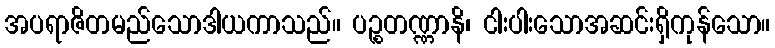
အပရာဇိတမည်သောဒါယကာသည်။ ပဉ္စတဏ္ဏာနိ၊ ငါးပါးသောအဆင်းရှိကုန်သော။